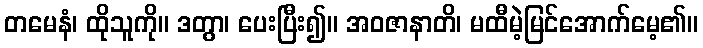
တမေနံ၊ ထိုသူကို။ ဒတွာ၊ ပေးပြီး၍။ အဝဇာနာတိ၊ မထီမဲ့မြင်အောက်မေ့၏။